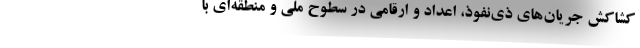
کشاکش جریان‌های ذی‌نفوذ، اعداد و ارقامی در سطوح ملی و منطقه‌ای با